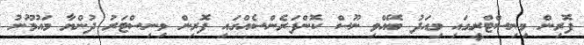
ފޮރިން މިނިސްޓްރީގައި މިއަދު ބޭއްވި ނޫސް ކޮންފަރެންސެއްގައި ފޮރިން މިނިސްޓަރު ދުންޔާ މައުމޫނު